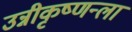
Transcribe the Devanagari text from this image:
उन्नीकृष्णन्ला